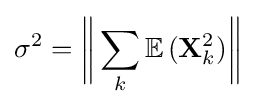
\sigma ^{2}={\bigg \Vert }\sum _{k}\mathbb {E} \,(\mathbf {X} _{k}^{2}){\bigg \Vert }